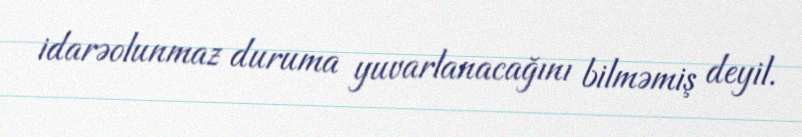
idarəolunmaz duruma yuvarlanacağını bilməmiş deyil.